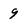
Character: 9